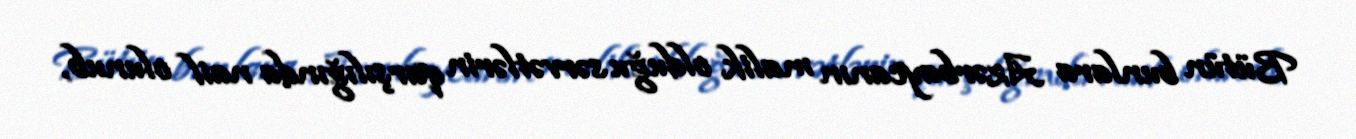
Bütün bunlara Azərbaycanın malik olduğu sərvətlərin qarşılığında nail olunub,